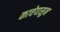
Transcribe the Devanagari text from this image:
काचेपासुन